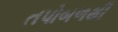
તપોબળથી